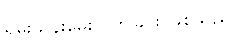
ရမ်းသန်းမေးလိုက်ခြင်း ဖြစ်သည်။